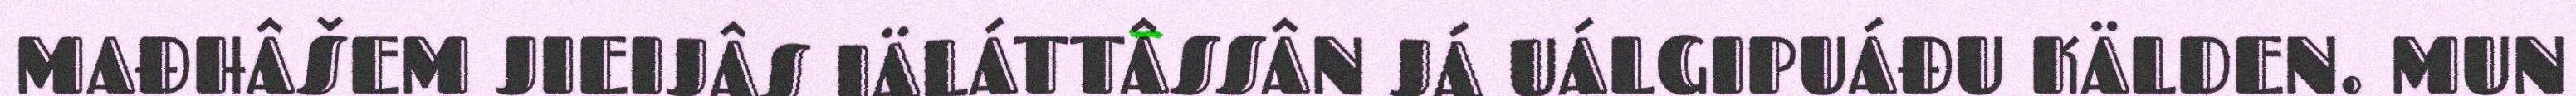
MAĐHÂŠEM JIEIJÂS IÄLÁTTÂSSÂN JÁ UÁLGIPUÁĐU KÄLDEN. MUN